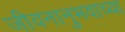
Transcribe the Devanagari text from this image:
जीवनानुभवाच्या